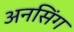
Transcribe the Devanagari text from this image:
अनसिंग